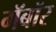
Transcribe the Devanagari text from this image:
गॅबॉर